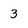
Character: 3